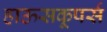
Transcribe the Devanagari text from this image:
हाऊसकूपर्स